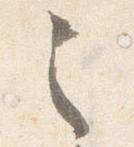
之